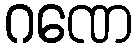
ဂဏေ